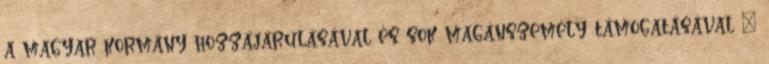
a magyar kormány hozzájárulásával és sok magánszemély támogatásával –